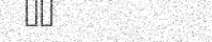
٤٤